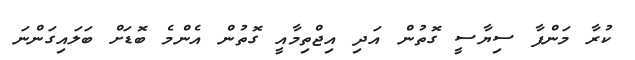
ކުރާ މަންފާ ސިޔާސީ ގޮތުން އަދި އިޖްތިމާއީ ގޮތުން އެންމެ ބޮޑަށް ބަލައިގަންނަ